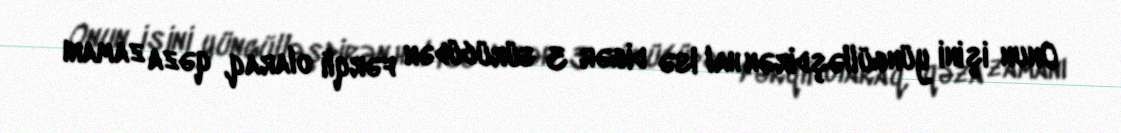
Onun işini yüngülləşdirən hal isə digər 3 sürücüdən fərqli olaraq, qəza zamanı